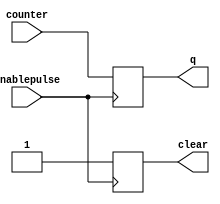
module counterBuffer(input [20:0]counter,input enablepulse, output [20:0]q,output clear);

reg [20:0] data;
reg clear_tmp=1'b0;

always @ (negedge enablepulse)
begin
	data[20:0]<=counter[20:0];
	clear_tmp <=1'b1;
end
assign clear = clear_tmp;
assign q = data;
endmodule